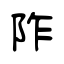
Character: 阼